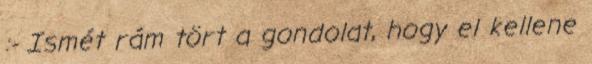
:- Ismét rám tört a gondolat, hogy el kellene